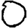
Digit: 0